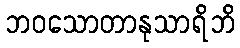
ဘဝသောတာနုသာရိဘိ